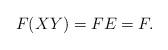
LaTeX: \begin{align*}F(XY)=FE=F.\end{align*}